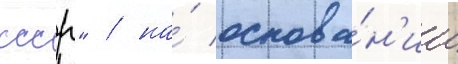
ссср" / на́ основа́н'ии